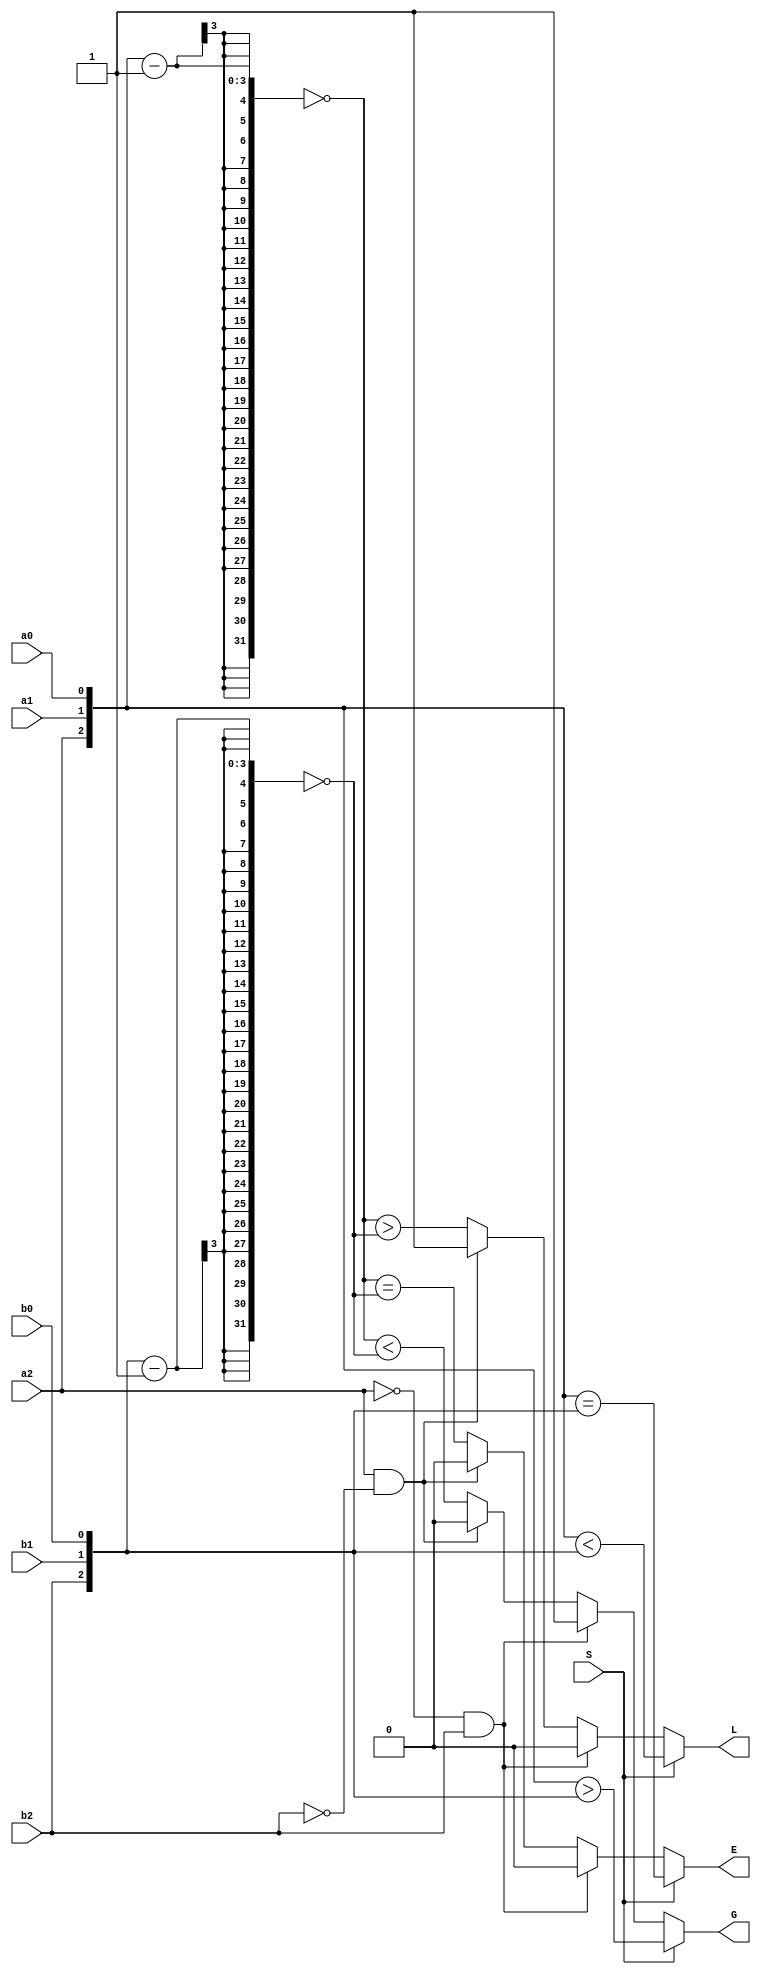
module SignedComparator3bit(a0,a1,a2,b0,b1,b2,S,G,E,L);
input a0,a1,a2,b0,b1,b2,S;
output G,E,L;
reg G,E,L;

always @(a0 or a1 or a2 or b0 or b1 or b2 or S)
begin
 if(S==1'b1)
   begin
    L<={a2,a1,a0}<{b2,b1,b0};
    G<={a2,a1,a0}>{b2,b1,b0};
    E<={a2,a1,a0}=={b2,b1,b0};
   end
  else
   begin
    if(a2==1'b0 && b2==1'b1)
    begin
       G<=1;
       L<=0;
       E<=0;
    end
    else if (a2==1'b1 && b2==1'b0)
    begin
       G<=0;
       L<=1;
       E<=0;
    end
    else
     begin
     L<=(~({a2,a1,a0}-1))>(~({b2,b1,b0}-1));
     G<=(~({a2,a1,a0}-1))<(~({b2,b1,b0}-1));
     E<=(~({a2,a1,a0}-1))==(~({b2,b1,b0}-1));
   end
      
   end
end
endmodule